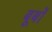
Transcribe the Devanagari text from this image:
बूर्बों